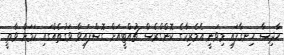
ހާދިސާ ހިނގާފައި މިވަނީ އެމެރިކާގެ ކޮންގްރެސް ޗުއްޓީއަށް ގޮސްފައިވާ ވަގުތެއްގައި ކަމަށް ވާތީ